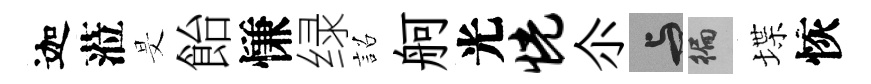
迦蒞旻飴慊绿詔舸光恍尒与徧堞恢